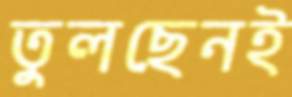
তুলছেনই